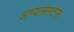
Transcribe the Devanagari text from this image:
अभ्यासगटास